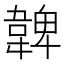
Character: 𩏂